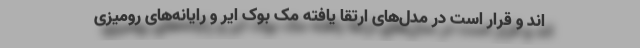
اند و قرار است در مدل‌های ارتقا یافته مک بوک ایر و رایانه‌های رومیزی